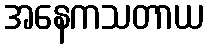
အနေကသတာယ